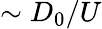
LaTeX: \sim D_{0}/U